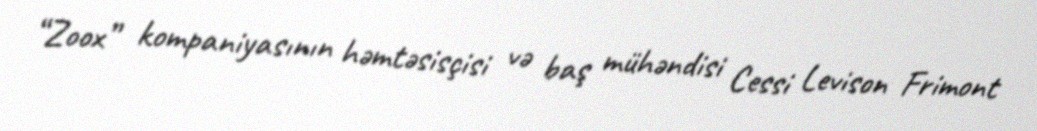
“Zoox” kompaniyasının həmtəsisçisi və baş mühəndisi Cessi Levison Frimont